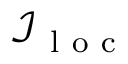
\mathcal { I } _ { \mathrm { ~ l ~ o ~ c ~ } }